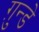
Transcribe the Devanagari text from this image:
ग़ुन्डे